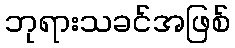
ဘုရားသခင်အဖြစ်